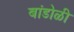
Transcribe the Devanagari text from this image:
बांडोळी